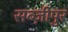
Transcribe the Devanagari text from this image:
सब्ज़ीपुर